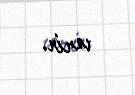
verir.